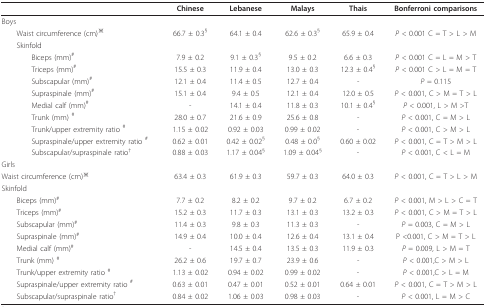
<table><thead><tr><td></td><td><b>Chinese</b></td><td><b>Lebanese</b></td><td><b>Malays</b></td><td><b>Thais</b></td><td><b>Bonferroni comparisons</b></td></tr></thead><tbody><tr><td>Boys</td><td></td><td></td><td></td><td></td><td></td></tr><tr><td> Waist circumference (cm)<sup>※</sup></td><td>66.7 ± 0.3<sup>§</sup></td><td>64.1 ± 0.4</td><td>62.6 ± 0.3<sup>§</sup></td><td>65.9 ± 0.4</td><td><i>P </i>&lt; 0.001 C = T &gt; L &gt; M</td></tr><tr><td> Skinfold</td><td></td><td></td><td></td><td></td><td></td></tr><tr><td>Biceps (mm)<sup>#</sup></td><td>7.9 ± 0.2</td><td>9.1 ± 0.3<sup>§</sup></td><td>9.5 ± 0.2</td><td>6.6 ± 0.3</td><td><i>P </i>&lt; 0.001 C = L = M &gt; T</td></tr><tr><td>Triceps (mm)<sup>#</sup></td><td>15.5 ± 0.3</td><td>11.9 ± 0.4</td><td>13.0 ± 0.3</td><td>12.3 ± 0.4<sup>§</sup></td><td><i>P </i>&lt; 0.001 C &gt; L = M = T</td></tr><tr><td>Subscapular (mm)<sup>#</sup></td><td>12.1 ± 0.4</td><td>11.4 ± 0.5</td><td>12.7 ± 0.4</td><td>-</td><td><i>P </i>= 0.115</td></tr><tr><td>Supraspinale (mm)<sup>#</sup></td><td>15.1 ± 0.4</td><td>9.4 ± 0.5</td><td>12.1 ± 0.4</td><td>12.0 ± 0.5</td><td><i>P </i>&lt; 0.001, C &gt; M = T &gt; L</td></tr><tr><td>Medial calf (mm)<sup>#</sup></td><td>-</td><td>14.1 ± 0.4</td><td>11.8 ± 0.3</td><td>10.1 ± 0.4<sup>§</sup></td><td><i>P </i>&lt; 0.001, L &gt; M &gt;T</td></tr><tr><td>Trunk (mm) <sup>#</sup></td><td>28.0 ± 0.7</td><td>21.6 ± 0.9</td><td>25.6 ± 0.8</td><td>-</td><td><i>P </i>&lt; 0.001, C = M &gt; L</td></tr><tr><td>Trunk/upper extremity ratio <sup>#</sup></td><td>1.15 ± 0.02</td><td>0.92 ± 0.03</td><td>0.99 ± 0.02</td><td>-</td><td><i>P </i>&lt; 0.001, C &gt; M &gt; L</td></tr><tr><td>Supraspinale/upper extremity ratio <sup>#</sup></td><td>0.62 ± 0.01</td><td>0.42 ± 0.02<sup>§</sup></td><td>0.48 ± 0.0<sup>§</sup></td><td>0.60 ± 0.02</td><td><i>P </i>&lt; 0.001, C = T &gt; M &gt; L</td></tr><tr><td>Subscapular/supraspinale ratio<sup>†</sup></td><td>0.88 ± 0.03</td><td>1.17 ± 0.04<sup>§</sup></td><td>1.09 ± 0.04<sup>§</sup></td><td>-</td><td><i>P </i>&lt; 0.001, C &lt; L = M</td></tr><tr><td>Girls</td><td></td><td></td><td></td><td></td><td></td></tr><tr><td>Waist circumference (cm)<sup>※</sup></td><td>63.4 ± 0.3</td><td>61.9 ± 0.3</td><td>59.7 ± 0.3</td><td>64.0 ± 0.3</td><td><i>P </i>&lt; 0.001, C = T &gt; L &gt; M</td></tr><tr><td>Skinfold</td><td></td><td></td><td></td><td></td><td></td></tr><tr><td> Biceps (mm)<sup>#</sup></td><td>7.7 ± 0.2</td><td>8.2 ± 0.2</td><td>9.7 ± 0.2</td><td>6.7 ± 0.2</td><td><i>P </i>&lt; 0.001, M &gt; L &gt; C = T</td></tr><tr><td> Triceps (mm)<sup>#</sup></td><td>15.2 ± 0.3</td><td>11.7 ± 0.3</td><td>13.1 ± 0.3</td><td>13.2 ± 0.3</td><td><i>P </i>&lt; 0.001, C &gt; M = T &gt; L</td></tr><tr><td> Subscapular (mm)<sup>#</sup></td><td>11.4 ± 0.3</td><td>9.8 ± 0.3</td><td>11.3 ± 0.3</td><td>-</td><td><i>P </i>= 0.003, C = M &gt; L</td></tr><tr><td> Supraspinale (mm)<sup>#</sup></td><td>14.9 ± 0.4</td><td>10.0 ± 0.4</td><td>12.6 ± 0.4</td><td>13.1 ± 0.4</td><td>P &lt;0.001, C &gt; M = T &gt; L</td></tr><tr><td> Medial calf (mm)<sup>#</sup></td><td>-</td><td>14.5 ± 0.4</td><td>13.5 ± 0.3</td><td>11.9 ± 0.3</td><td><i>P </i>= 0.009, L &gt; M = T</td></tr><tr><td> Trunk (mm) <sup>#</sup></td><td>26.2 ± 0.6</td><td>19.7 ± 0.7</td><td>23.9 ± 0.6</td><td>-</td><td><i>P </i>&lt; 0.001,C &gt; M &gt; L</td></tr><tr><td> Trunk/upper extremity ratio <sup>#</sup></td><td>1.13 ± 0.02</td><td>0.94 ± 0.02</td><td>0.99 ± 0.02</td><td>-</td><td><i>P </i>&lt; 0.001,C &gt; L = M</td></tr><tr><td> Supraspinale/upper extremity ratio <sup>#</sup></td><td>0.63 ± 0.01</td><td>0.47 ± 0.01</td><td>0.52 ± 0.01</td><td>0.64 ± 0.01</td><td><i>P </i>&lt; 0.001, C = T &gt; M &gt; L</td></tr><tr><td> Subscapular/supraspinale ratio<sup>†</sup></td><td>0.84 ± 0.02</td><td>1.06 ± 0.03</td><td>0.98 ± 0.03</td><td>-</td><td><i>P </i>&lt; 0.001, L = M &gt; C</td></tr></tbody></table>